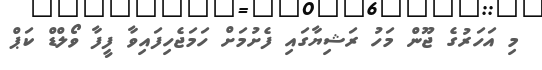
މި އަހަރުގެ ޖޫން މަހު ރަޝިޔާގައި ފެށުމަށް ހަމަޖެހިފައިވާ ފީފާ ވޯލްޑް ކަޕް